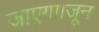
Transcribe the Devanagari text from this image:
जाएगा।जून